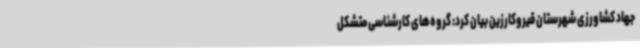
جهاد کشاورزی شهرستان قیروکارزین بیان کرد: گروه‌های کارشناسی متشکل